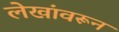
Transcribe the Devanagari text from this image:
लेखांवरून